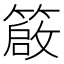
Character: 𥳃